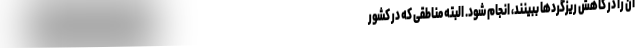
آن را در کاهش ریزگردها ببینند، انجام شود. البته مناطقی که در کشور